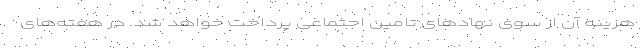
هزینه آن از سوی نهادهای تامین اجتماعی پرداخت خواهد شد. در هفته‌های